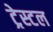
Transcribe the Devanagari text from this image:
ट्रेस्टल